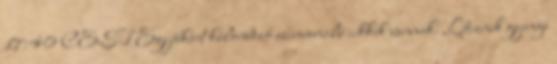
17:40 CEST Egyébként különböző színvonalú cikkek vannak. Léteznek gyenge